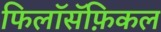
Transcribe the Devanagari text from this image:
फिलॉसॅफ़िकल